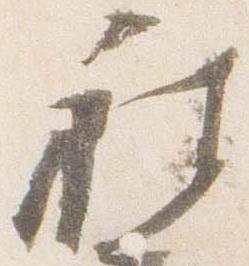
被